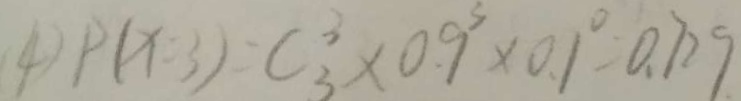
4 ) P ( x = 3 ) = C _ { 3 } ^ { 3 } \times 0 . 9 ^ { 3 } \times 0 . 1 ^ { 0 } = 0 . 7 2 9